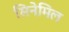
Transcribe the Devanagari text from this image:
सिनेमिल